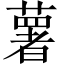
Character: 薯